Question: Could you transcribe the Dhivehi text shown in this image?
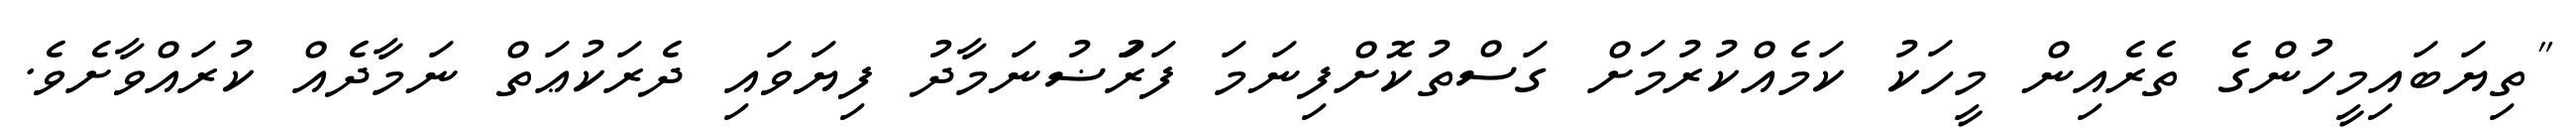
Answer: "ތިޔަބައިމީހުންގެ ތެރެއިން މީހަކު ކަމެއްކުރުމަށް ގަސްތުކޮށްފިނަމަ ފަރަުޟުނަމާދު ފިޔަވައި ދެރަކުޢަތް ނަމާދެއް ކުރައްވާށެވެ.